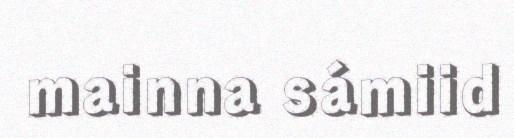
mainna sámiid